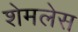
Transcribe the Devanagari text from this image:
शेमलेस